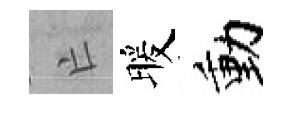
亡暖動